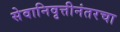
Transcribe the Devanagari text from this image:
सेवानिवृत्तीनंतरचा